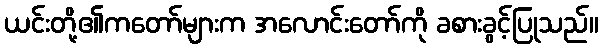
ယင်းတို့၏ကတော်များက အလောင်းတော်ကို ခစားခွင့်ပြုသည်။